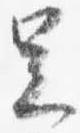
足